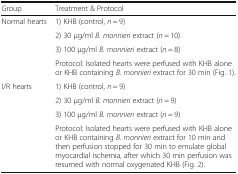
<table><thead><tr><td><b>Group</b></td><td><b>Treatment &amp; Protocol</b></td></tr></thead><tbody><tr><td rowspan="4">Normal hearts</td><td>1) KHB (control, <i>n</i> = 9)</td></tr><tr><td>2) 30 μg/ml <i>B. monnieri</i> extract (<i>n</i> = 10)</td></tr><tr><td>3) 100 μg/ml <i>B. monnieri</i> extract (<i>n</i> = 8)</td></tr><tr><td>Protocol: Isolated hearts were perfused with KHB alone or KHB containing <i>B. monnieri</i> extract for 30 min (Fig. 1).</td></tr><tr><td rowspan="4">I/R hearts</td><td>1) KHB (control, <i>n</i> = 9)</td></tr><tr><td>2) 30 μg/ml <i>B. monnieri</i> extract (<i>n</i> = 9)</td></tr><tr><td>3) 100 μg/ml <i>B. monnieri</i> extract (<i>n</i> = 9)</td></tr><tr><td>Protocol: Isolated hearts were perfused with KHB alone or KHB containing <i>B. monnieri</i> extract for 10 min and then perfusion stopped for 30 min to emulate global myocardial ischemia, after which 30 min perfusion was resumed with normal oxygenated KHB (Fig. 2).</td></tr></tbody></table>